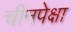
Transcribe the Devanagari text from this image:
चीनपेक्षा